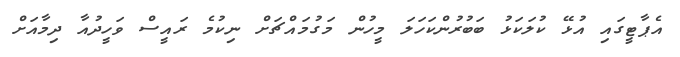
އެޕާޓީގައި އުޅޭ ކުލަކަޅު ބަބުރުންކަހަލަ މީހުން މަގުމައްޗަށް ނިކުމެ ރައީސް ވަހީދުއާ ދިމާއަށް